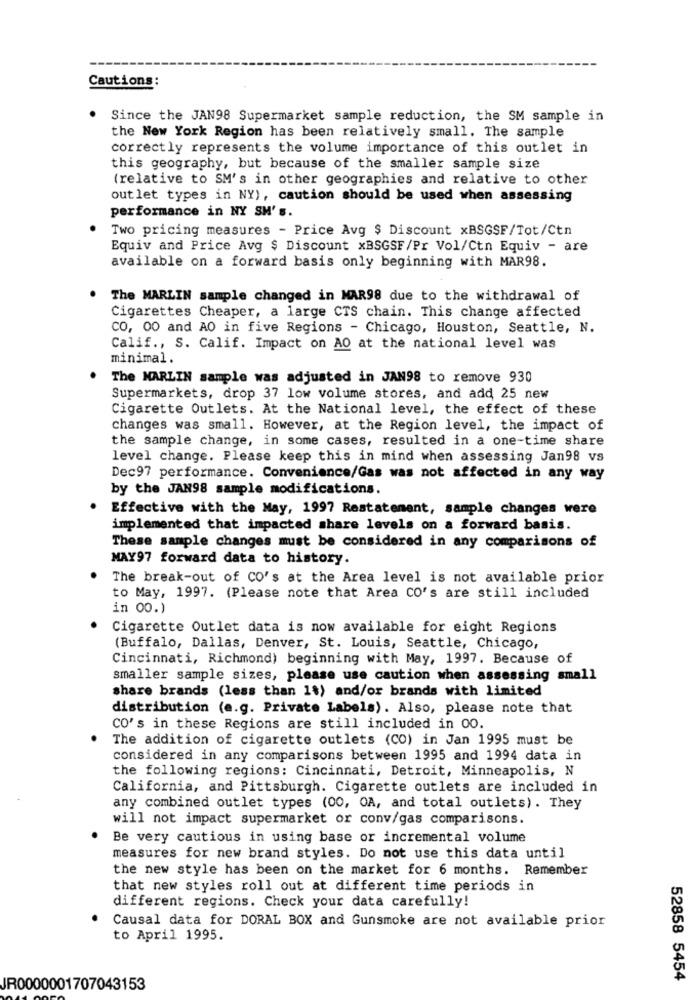
Cautions :
Since the JAN98 Supermarket sample reduction, the SM sample in
the New York Region has been relatively small. The sample
correctly represents the volume importance of this outlet in
this geography, but because of the smaller sample size
(relative to SM's in other geographies and relative to other
outlet types in NY), caution should be used when assessing
performance in NY SM' s.
Two pricing measures - Price Avg $ Discount xBSGSF/Tot/Ctn
Equiv and Price Avg $ Discount xBSGSF/Pr Vol/Ctn Equiv - are
available on a forward basis only beginning with MAR98.
The MARLIN sample changed in MAR98 due to the withdrawal of
Cigarettes Cheaper, a large CTS chain. This change affected
CO, 00 and AO in five Regions - Chicago, Houston, Seattle, N.
Calif ., S. Calif. Impact on AO at the national level was
minimal.
The MARLIN sample was adjusted in JAN98 to remove 930
Supermarkets, drop 37 low volume stores, and add 25 new
Cigarette Outlets. At the National level, the effect of these
changes was small. However, at the Region level, the impact of
the sample change, in some cases, resulted in a one-time share
level change. Please keep this in mind when assessing Jan98 vs
Dec97 performance. Convenience/Gas was not affected in any way
by the JAN98 sample modifications.
Effective with the May, 1997 Restatement, sample changes were
implemented that impacted share levels on a forward basis.
These sample changes must be considered in any comparisons of
MAY97 forward data to history.
The break-out of CO's at the Area level is not available prior
to May, 1997. (Please note that Area CO's are still included
in 00.)
Cigarette Outlet data is now available for eight Regions
(Buffalo, Dallas, Denver, St. Louis, Seattle, Chicago,
Cincinnati, Richmond) beginning with May, 1997. Because of
smaller sample sizes, please use caution when assessing small
share brands (less than 1%) and/or brands with limited
distribution (e.g. Private Labels). Also, please note that
CO's in these Regions are still included in 00.
The addition of cigarette outlets (CO) in Jan 1995 must be
considered in any comparisons between 1995 and 1994 data in
the following regions: Cincinnati, Detroit, Minneapolis, N
California, and Pittsburgh. Cigarette outlets are included in
any combined outlet types (00, OA, and total outlets) . They
will not impact supermarket or conv/gas comparisons.
Be very cautious in using base or incremental volume
measures for new brand styles. Do not use this data until
the new style has been on the market for 6 months. Remember
that new styles roll out at different time periods in
different regions. Check your data carefully!
Causal data for DORAL BOX and Gunsmoke are not available prior
to April 1995.
52858 5454
JR0000001707043153